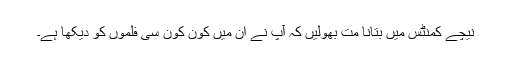
نیچے کمنٹس میں بتانا مت بھولیں کہ آپ نے ان میں کون کون سی فلموں کو دیکھا ہے۔